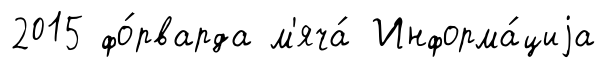
2015 фо́рварда м'яча́ Информа́циjа